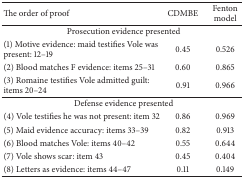
<table><thead><tr><td><b>The order of proof</b></td><td><b>CDMBE</b></td><td><b>Fenton model</b></td></tr></thead><tbody><tr><td colspan="3">Prosecution evidence presented</td></tr><tr><td>(1) Motive evidence: maid testifies Vole was present: 12–19</td><td>0.45</td><td>0.526</td></tr><tr><td>(2) Blood matches F evidence: items 25–31</td><td>0.60</td><td>0.865</td></tr><tr><td>(3) Romaine testifies Vole admitted guilt: items 20–24</td><td>0.91</td><td>0.966</td></tr><tr><td colspan="3">Defense evidence presented</td></tr><tr><td>(4) Vole testifies he was not present: item 32</td><td>0.86</td><td>0.969</td></tr><tr><td>(5) Maid evidence accuracy: items 33–39</td><td>0.82</td><td>0.913</td></tr><tr><td>(6) Blood matches Vole: items 40–42</td><td>0.55</td><td>0.644</td></tr><tr><td>(7) Vole shows scar: item 43</td><td>0.45</td><td>0.404</td></tr><tr><td>(8) Letters as evidence: items 44–47</td><td>0.11</td><td>0.149</td></tr></tbody></table>